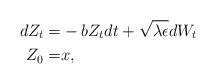
LaTeX: \begin{align*}dZ_t =& -b Z_t dt + \sqrt{\lambda \epsilon} dW_t \\Z_0 =& x,\end{align*}